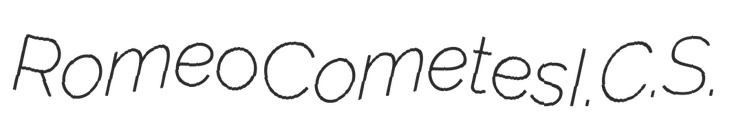
Romeo Cometes I.C.S.